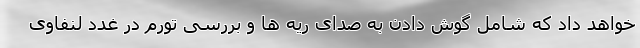
خواهد داد که شامل گوش دادن به صدای ریه ها و بررسی تورم در غدد لنفاوی